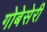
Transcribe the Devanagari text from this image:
गोबेसेरी